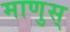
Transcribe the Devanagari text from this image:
माणुस्